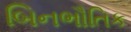
બિનભૌતિક